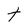
Character: t